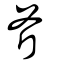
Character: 斧